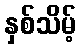
နှစ်သိမ့်